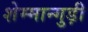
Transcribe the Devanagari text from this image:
शेम्मान्गुड़ी